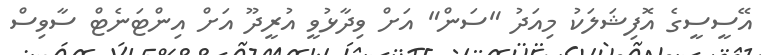
އޭސީސީގެ އޮފިޝަލަކު މިއަދު "ސަން" އަށް ވިދާޅުވީ އުރީދޫ އަށް އިންޓަނެޓް ސާވިސް